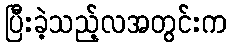
ပြီးခဲ့သည့်လအတွင်းက